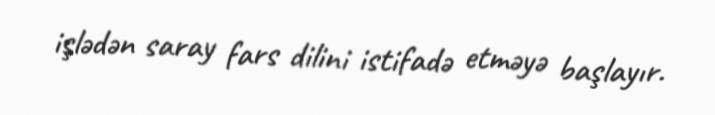
işlədən saray fars dilini istifadə etməyə başlayır.